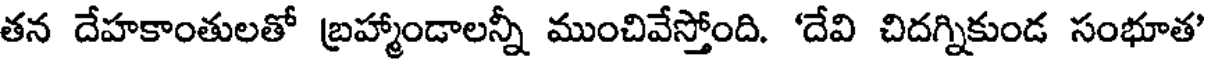
తన దేహకాంతులతో బ్రహ్మాండాలన్నీ ముంచివేస్తోంది. 'దేవి చిదగ్నికుండ సంభూత'